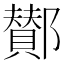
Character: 鄼